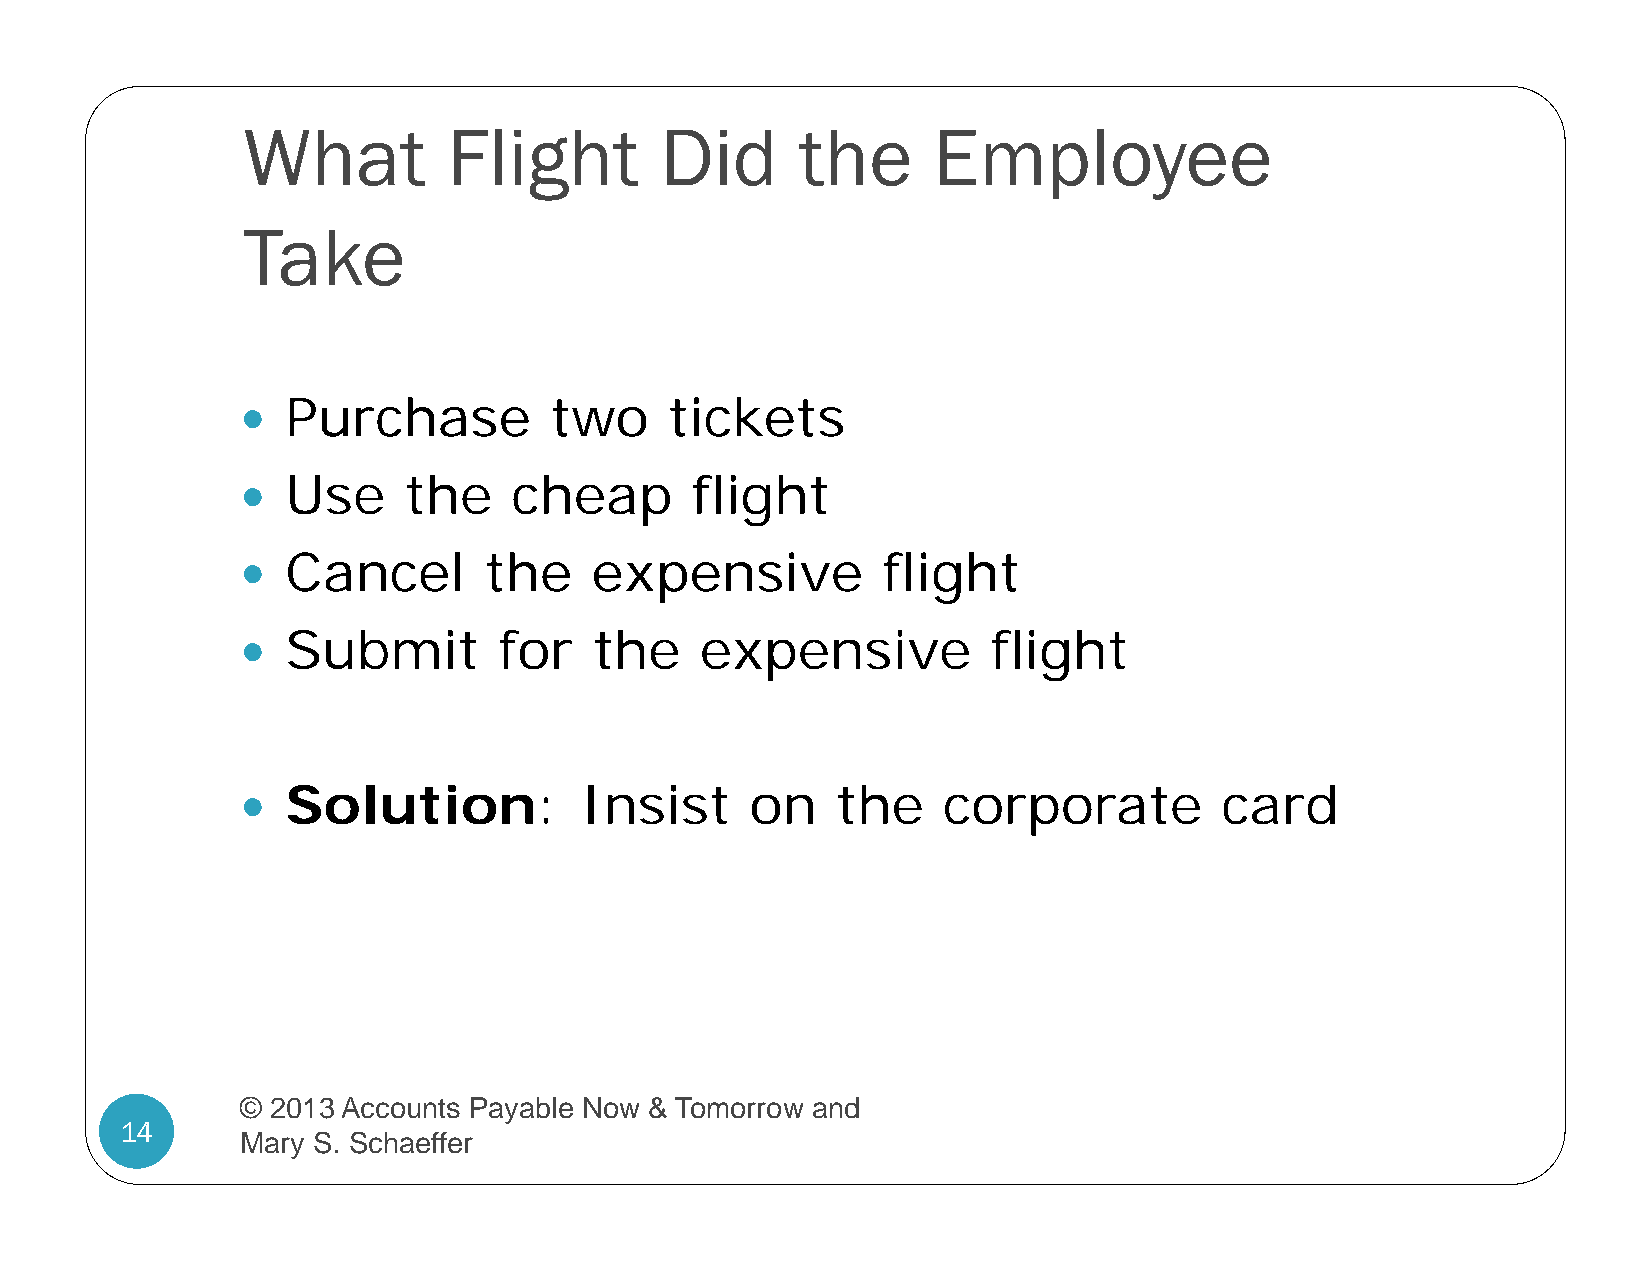
What          Flight        Did      the      Employee
 Take
 Purchase         two     tickets
 
 Use     the    cheap       flight
 
 Cancel       the    expensive          flight
 
 Submit        for   the    expensive           flight
 
 Solution:          Insist      on   the    corporate          card
 
 © 2013 Accounts Payable Now & Tomorrow and
 14
 Mary S. Schaeffer